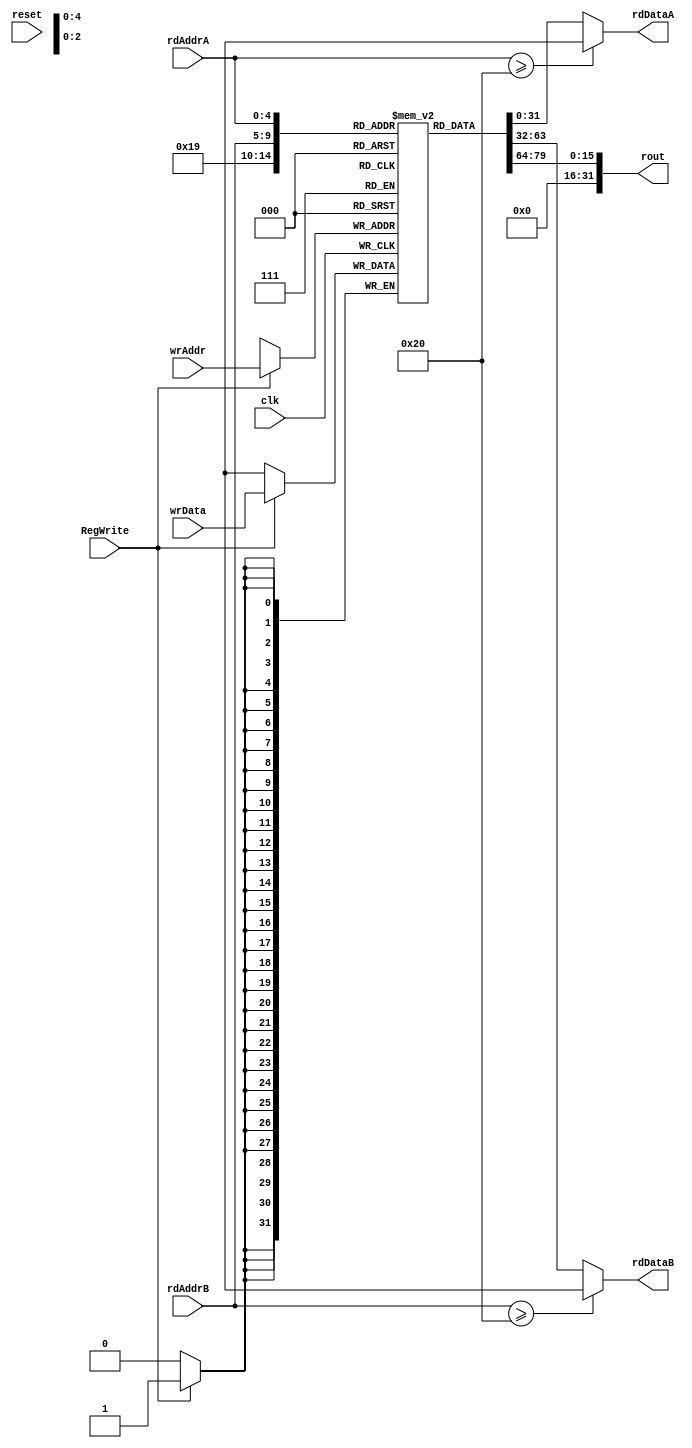
module regFile32x32
  (
	input reset,
	input clk,
   input RegWrite,				//To decide if we need to write or not
   input [4:0] wrAddr,			//If Yes, at what address
   input [31:0] wrData,       //And what data
   input [4:0] rdAddrA,       //Read Addresses and Read Data
   output reg [31:0] rdDataA,
   input [4:0] rdAddrB,
   output reg [31:0] rdDataB,
	output [31:0] rout
  );

	reg [31:0] r[31:0]; 
	
	initial					//Initially make all registers 0
			begin
			r[0]=32'b0;	r[8]=32'b0;	r[16]=32'b0;	r[24]=32'b0;	
			r[1]=32'b0; r[9]=32'b0;	r[17]=32'b0;	r[25]=32'b0;	
			r[2]=32'b0; r[10]=32'b0;	r[18]=32'b0;	r[26]=32'b0;	
			r[3]=32'b0; r[11]=32'b0;	r[19]=32'b0;	r[27]=32'b0;	
			r[4]=32'b0; r[12]=32'b0;	r[20]=32'b0;	r[28]=32'b0;	
			r[5]=32'b0; r[13]=32'b0;	r[21]=32'b0;	r[29]=32'b0;	
			r[6]=32'b0; r[14]=32'b0;	r[22]=32'b0;	r[30]=32'b0;	
			r[7]=32'b0; r[15]=32'b0;	r[23]=32'b0;	r[31]=32'b0;	
			end
			
	assign rout=r[25][15:0];
	
   always @(*) 
		begin
			if(rdAddrB>=32) 
				rdDataB=32'hXXXXXXXX;       //Not possible, kept just to prevent latch
			else
				rdDataB=r[rdAddrB];          //Read Data
				
			if(rdAddrA>=32) 
				rdDataA=32'hXXXXXXXX;
			else
				rdDataA=r[rdAddrA];          //Read Data
			
		end
		
   always @(posedge clk)            //Write Operation
		begin
      if (RegWrite) 
				r[wrAddr]=wrData;
		end
		
endmodule